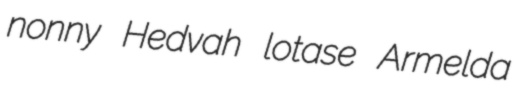
nonny Hedvah lotase Armelda